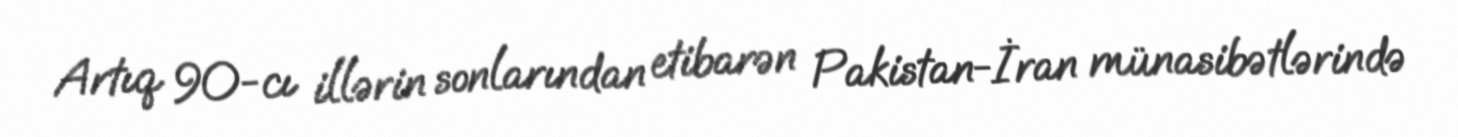
Artıq 90-cı illərin sonlarından etibarən Pakistan-İran münasibətlərində